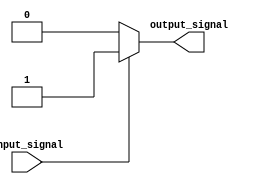
module voltage_level_shifter (
    input wire input_signal,
    output reg output_signal
);

// Logic to detect input signal voltage level and translate it to output signal voltage level
always @ (input_signal)
begin
    if (input_signal == 0) begin
        output_signal <= 0; // Translate low voltage level to appropriate output voltage level
    end else begin
        output_signal <= 1; // Translate high voltage level to appropriate output voltage level
    end
end

endmodule